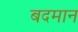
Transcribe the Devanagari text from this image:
बदमान